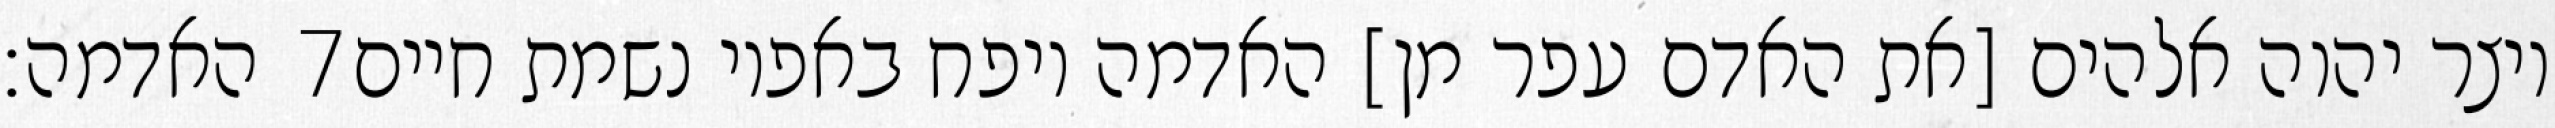
האדמה׃ ‎7‏ ויצר יהוה אלהים [את האדם עפר מן] האדמה ויפח באפיו נשמת חיים